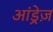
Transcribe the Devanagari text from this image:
आंड्रेज़